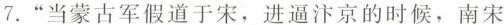
7.”当蒙古军假道于宋，进逼汴京的时候，南宋